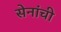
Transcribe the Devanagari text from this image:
सेनांची